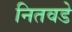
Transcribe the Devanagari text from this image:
नितवडे